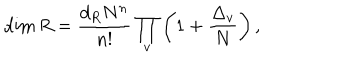
\dim R = { \frac { d _ { R } N ^ { n } } { n ! } } \prod _ { v } \left( 1 + { \frac { \Delta _ { v } } { N } } \right) ,